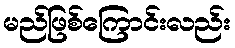
မည်ဖြစ်ကြောင်းလည်း